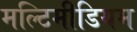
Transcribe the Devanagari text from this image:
मल्टिमीडियम